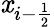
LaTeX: \mathit{x}_{i-{\frac{{1}}{{2}}}}